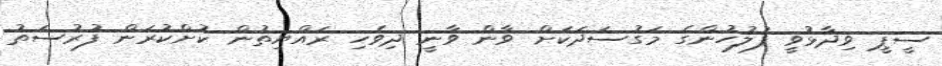
ސީޕީ ވިދާޅުވީ ފުލުހުންގެ މަގުސަދަކަށް ވާން ވާނީ ދިވެހި ރައްޔިތުން ކުށްކުރަން ފުރުސަތު